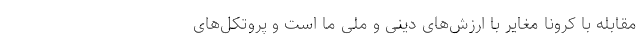
مقابله با کرونا مغایر با ارزش‌های دینی و ملی ما است و پروتکل‌های